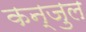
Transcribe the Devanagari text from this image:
कन्जुल